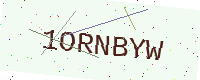
Text: 1ORNBYW